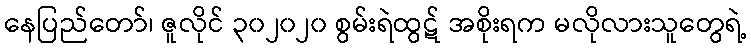
နေပြည်တော်၊ ဇူလိုင် ၃၀၂၀၂၀ စွမ်းရဲထွဋ် အစိုးရက မလိုလားသူတွေရဲ့